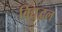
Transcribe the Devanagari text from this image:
विद्युद्वल